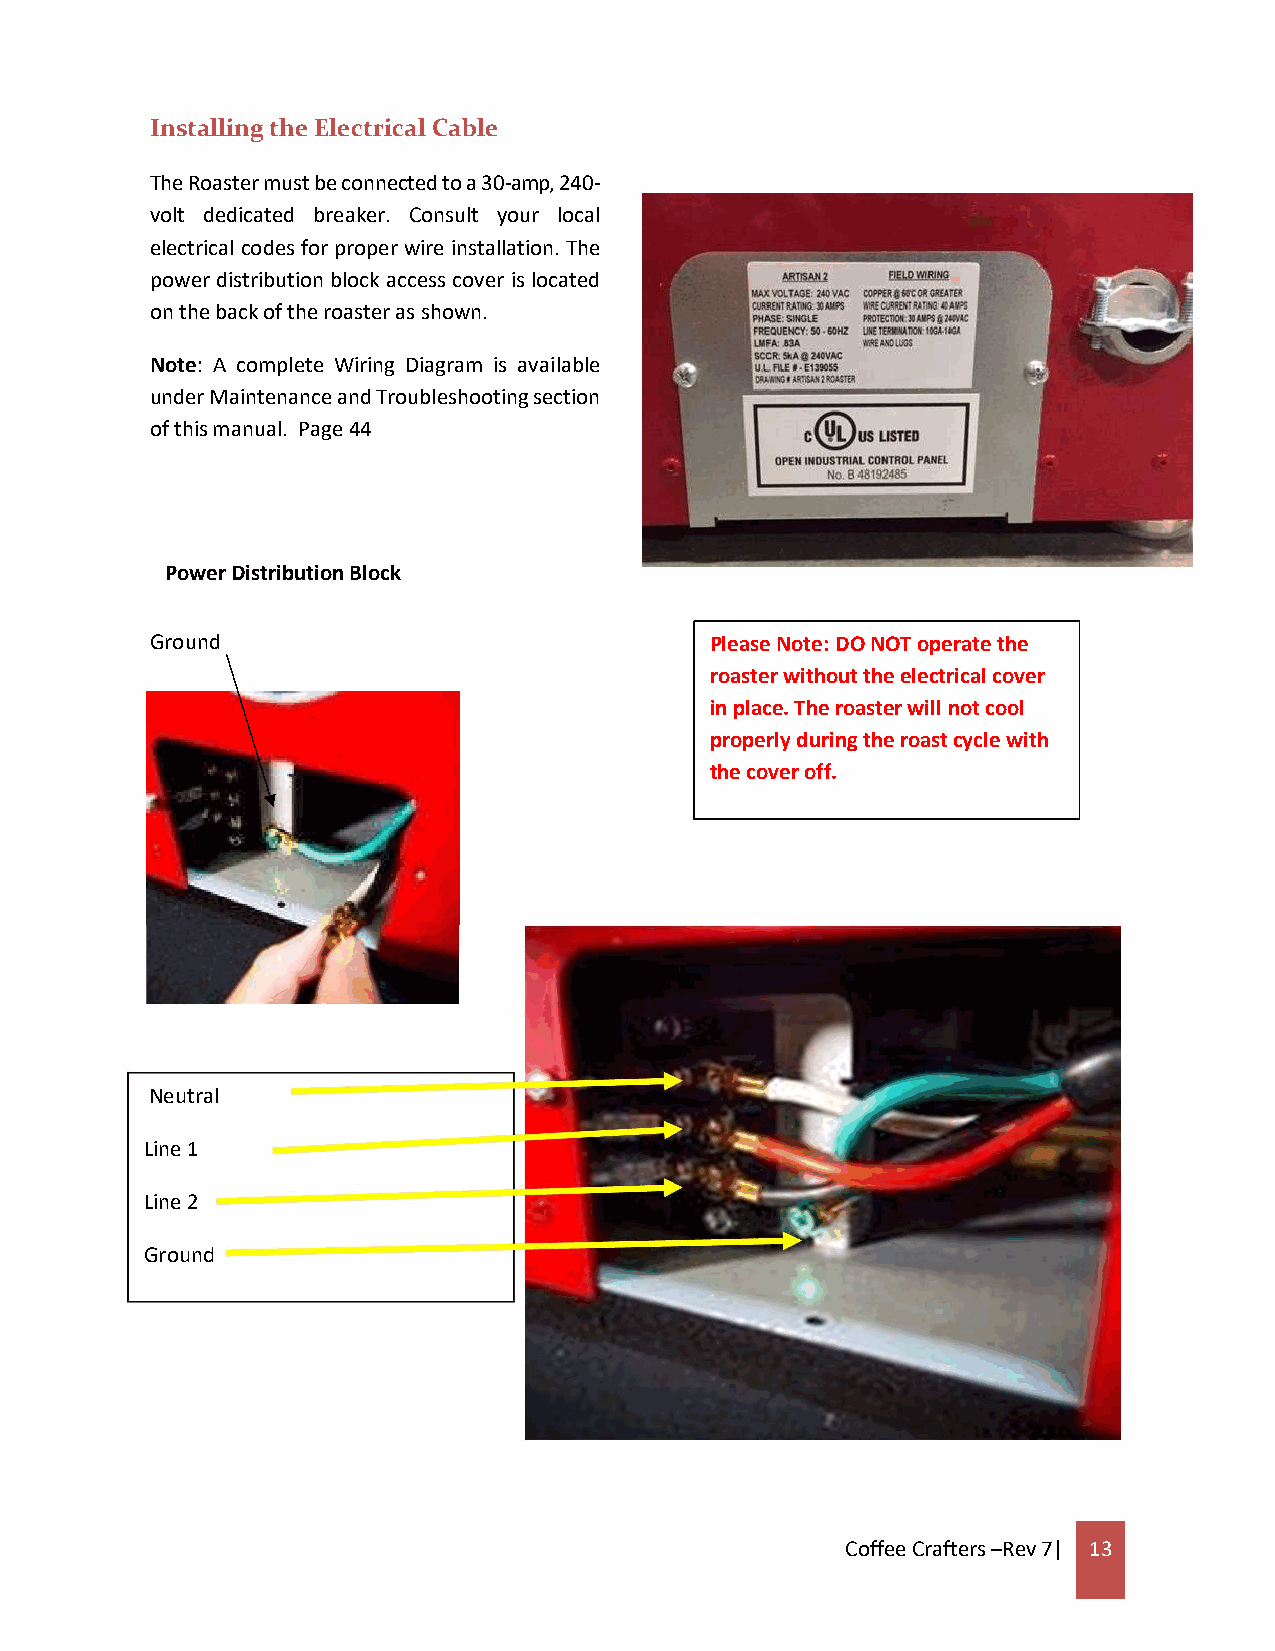
Installing the Electrical Cable
 The Roaster must be connected to a 30-amp, 240-
 volt dedicated breaker. Consult your local
 electrical codes for proper wire installation. The
 power distribution block access cover is located
 on the back of the roaster as shown.
 Note: A complete Wiring Diagram is available
 under Maintenance and Troubleshooting section
 of this manual. Page 44
 Power Distribution Block
 Ground                               Please Note: DO NOT operate the
 roaster without the electrical cover
 in place. The roaster will not cool
 properly during the roast cycle with
 the cover off.
 Neutral
 Line 1
 Line 2
 Ground
 Coffee Crafters –Rev 7| 13